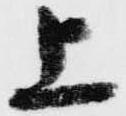
上